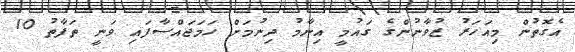
އެގޮތުން މިއަހަރު ޒުވާނުންގެ ގައުމީ އިނާމު ދިނުމަށް ހަމަޖައްސާފައި ވަނީ ތަފާތު 10